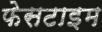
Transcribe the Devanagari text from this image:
फेसटाइम